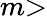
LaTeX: m\textgreater